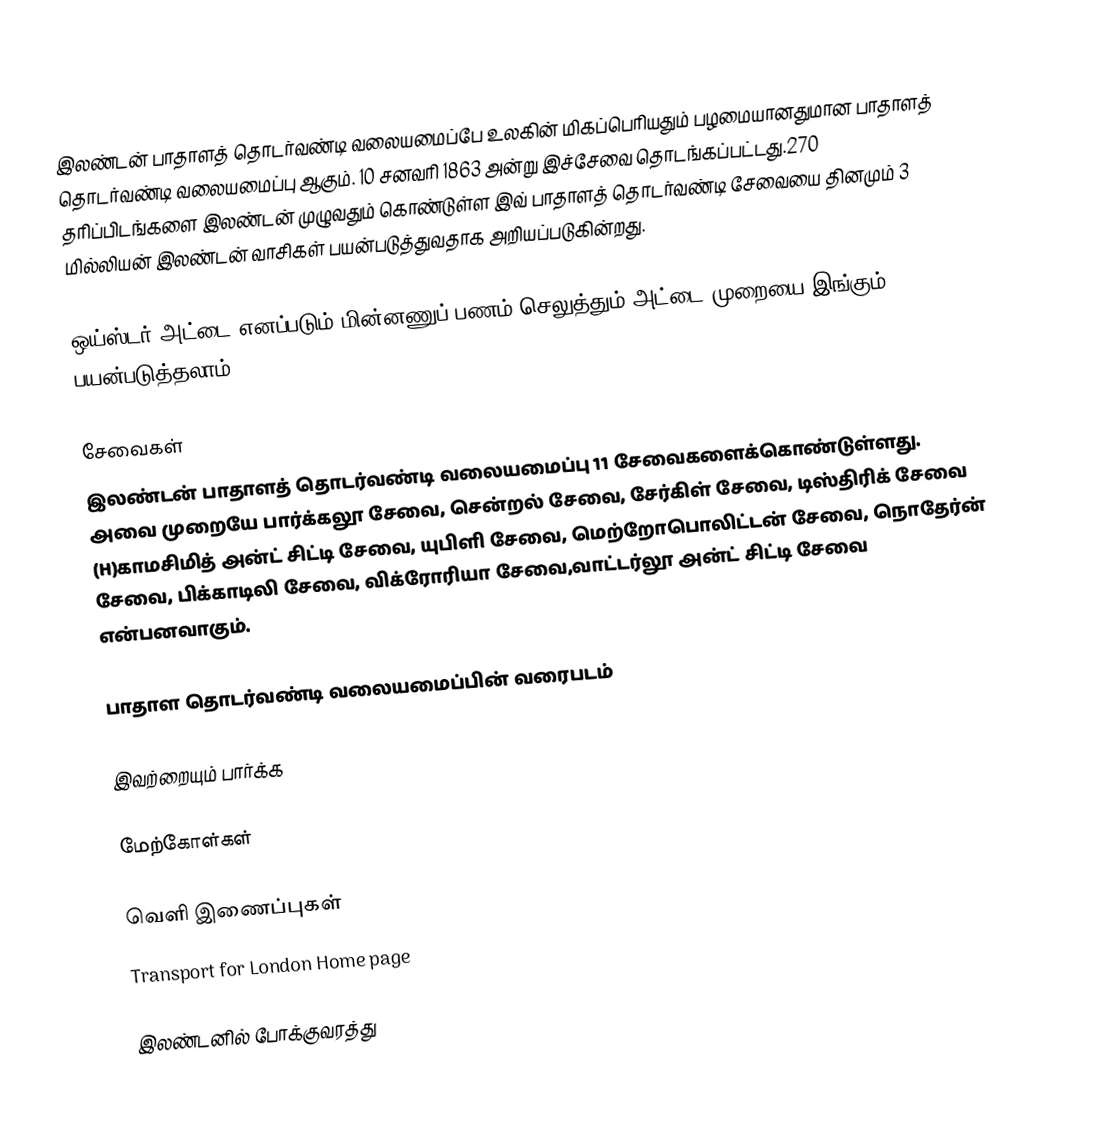
இலண்டன் பாதாளத் தொடர்வண்டி வலையமைப்பே உலகின் மிகப்பெரியதும் பழமையானதுமான பாதாளத் தொடர்வண்டி வலையமைப்பு ஆகும். 10 சனவரி 1863 அன்று இச்சேவை தொடங்கப்பட்டது.270 தரிப்பிடங்களை இலண்டன் முழுவதும் கொண்டுள்ள இவ் பாதாளத் தொடர்வண்டி சேவையை தினமும் 3 மில்லியன் இலண்டன் வாசிகள் பயன்படுத்துவதாக அறியப்படுகின்றது.

ஒய்ஸ்டர் அட்டை எனப்படும் மின்னணுப் பணம் செலுத்தும் அட்டை முறையை இங்கும் பயன்படுத்தலாம்.

சேவைகள்
இலண்டன் பாதாளத் தொடர்வண்டி வலையமைப்பு 11 சேவைகளைக்கொண்டுள்ளது. அவை முறையே பார்க்கலூ சேவை, சென்றல் சேவை, சேர்கிள் சேவை, டிஸ்திரிக் சேவை (H)காமசிமித் அன்ட் சிட்டி சேவை, யுபிளி சேவை, மெற்றோபொலிட்டன் சேவை, நொதேர்ன் சேவை, பிக்காடிலி சேவை, விக்ரோரியா சேவை,வாட்டர்லூ அன்ட் சிட்டி சேவை என்பனவாகும்.

பாதாள தொடர்வண்டி வலையமைப்பின் வரைபடம்

இவற்றையும் பார்க்க

மேற்கோள்கள்

வெளி இணைப்புகள்
 Transport for London Home page

இலண்டனில் போக்குவரத்து